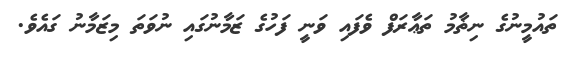
ތައުމީނުގެ ނިޡާމު ތަޢާރަފް ވެފައި ވަނީ ފަހުގެ ޒަމާނުގައި ނުވަތަ މިޒަމާނު ގައެވެ.